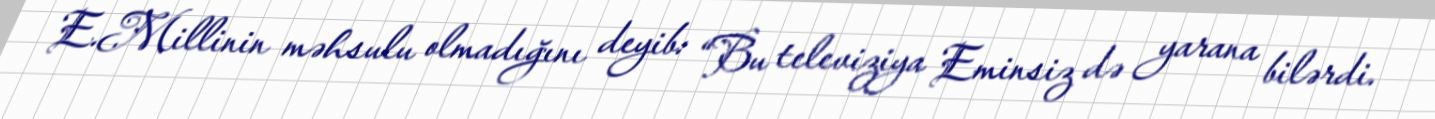
E.Millinin məhsulu olmadığını deyib: “Bu televiziya Eminsiz də yarana bilərdi.